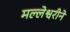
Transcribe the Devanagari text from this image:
मल्लेश्वरीने